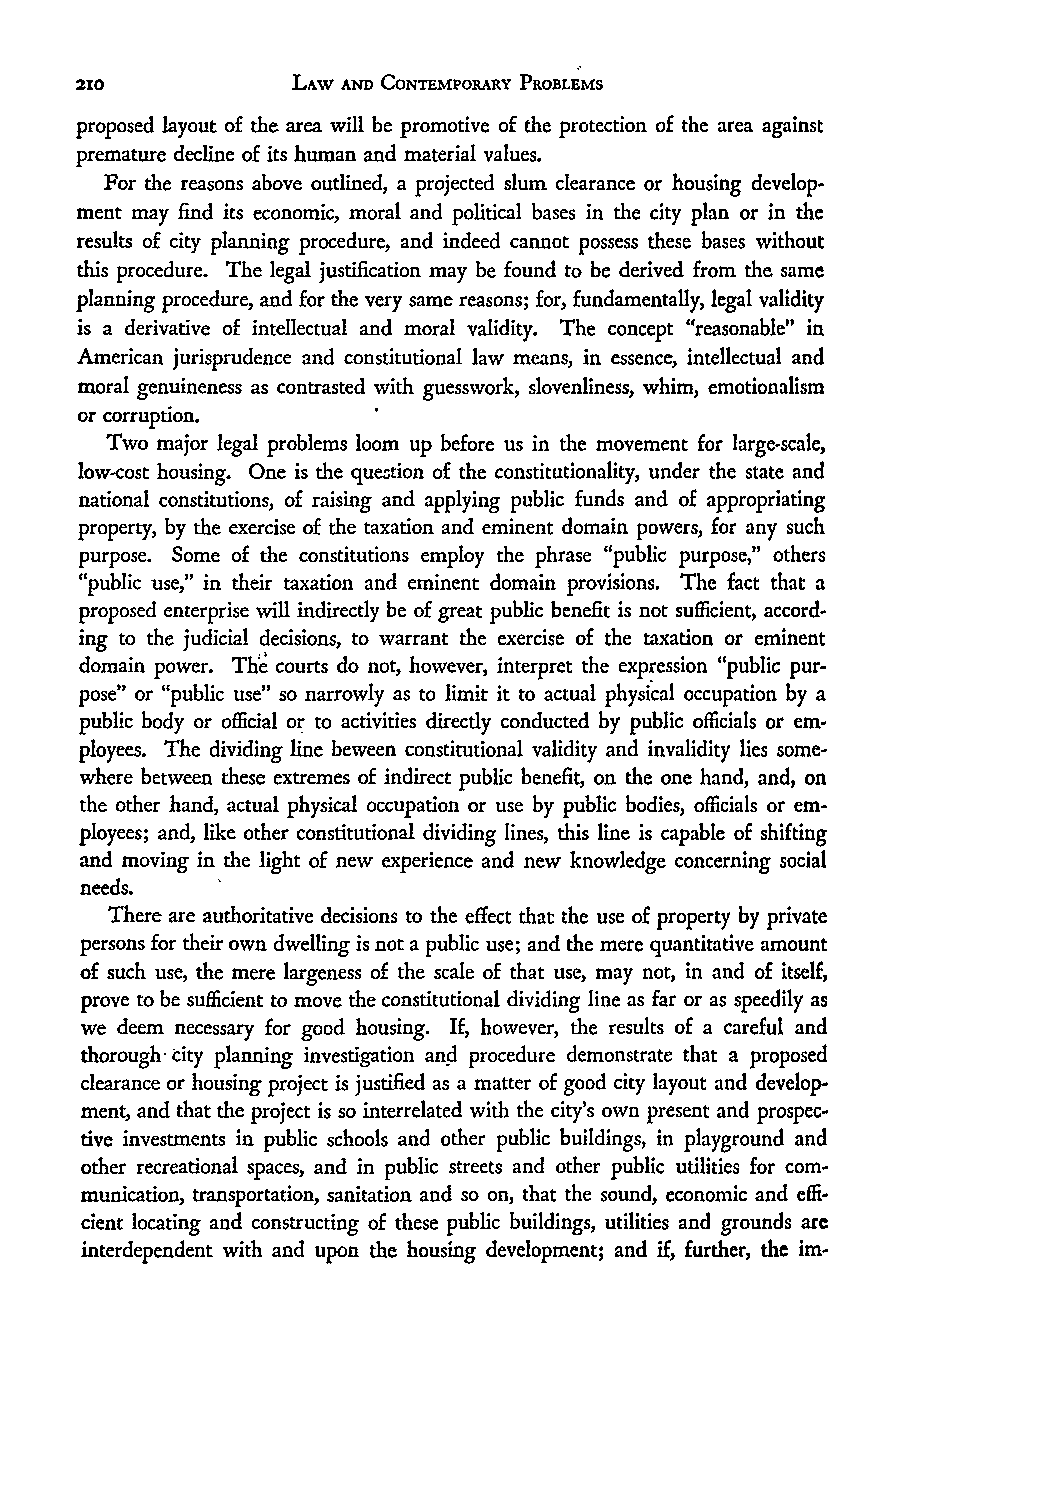
LAW AND CONTEMPORARY PROBLEMS
 proposed layout of the area will be promotive of the protection of the area against
 premature decline of its human and material values.
 For the reasons above outlined, a projected slum clearance or housing develop-
 ment may find its economic, moral and political bases in the city plan or in the
 results of city planning procedure, and indeed cannot possess these bases without
 this procedure. The legal justification may be found to be derived from the same
 planning procedure, and for the very same reasons; for, fundamentally, legal validity
 is a derivative of intellectual and moral validity. The concept "reasonable" in
 American jurisprudence and constitutional law means, in essence, intellectual and
 moral genuineness as contrasted with guesswork, slovenliness, whim, emotionalism
 or corruption.
 Two major legal problems loom up before us in the movement for large-scale,
 low-cost housing. One is the question of the constitutionality, under the state and
 national constitutions, of raising and applying public funds and of appropriating
 property, by the exercise of the taxation and eminent domain powers, for any such
 purpose. Some of the constitutions employ the phrase "public purpose," others
 "public use," in their taxation and eminent domain provisions. The fact that a
 proposed enterprise will indirectly be of great public benefit is not sufficient, accord-
 ing to the judicial decisions, to warrant the exercise of the taxation or eminent
 domain power. Th courts do not, however, interpret the expression "public pur-
 pose" or "public use" so narrowly as to limit it to actual physical occupation by a
 public body or official or to activities directly conducted by public officials or em-
 ployees. The dividing line beween constitutional validity and invalidity lies some-
 where between these extremes of indirect public benefit, on the one hand, and, on
 the other hand, actual physical occupation or use by public bodies, officials or em-
 ployees; and, like other constitutional dividing lines, this line is capable of shifting
 and moving in the light of new experience and new knowledge concerning social
 needs.
 There are authoritative decisions to the effect that the use of property by private
 persons for their own dwelling is not a public use; and the mere quantitative amount
 of such use, the mere largeness of the scale of that use, may not, in and of itself,
 prove to be sufficient to move the constitutional dividing line as far or as speedily as
 we deem necessary for good housing. If, however, the results of a careful and
 thorough city planning investigation and procedure demonstrate that a proposed
 clearance or housing project is justified as a matter of good city layout and develop-
 ment, and that the project is so interrelated with the city's own present and prospec-
 tive investments in public schools and other public buildings, in playground and
 other recreational spaces, and in public streets and other public utilities for com-
 munication, transportation, sanitation and so on, that the sound, economic and effi-
 cient locating and constructing of these public buildings, utilities and grounds are
 interdependent with and upon the housing development; and if, further, the im-